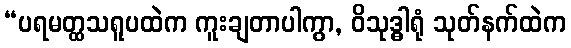
“ပရမတ္ထသရူပထဲက ကူးချတာပါကွာ, ဝိသုဒ္ဓါရုံ သုတ်နက်ထဲက